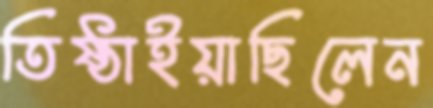
তিষ্ঠাইয়াছিলেন